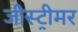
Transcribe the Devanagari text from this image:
जीस्ट्रीमर